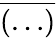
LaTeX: \overline{{(\ldots)}}